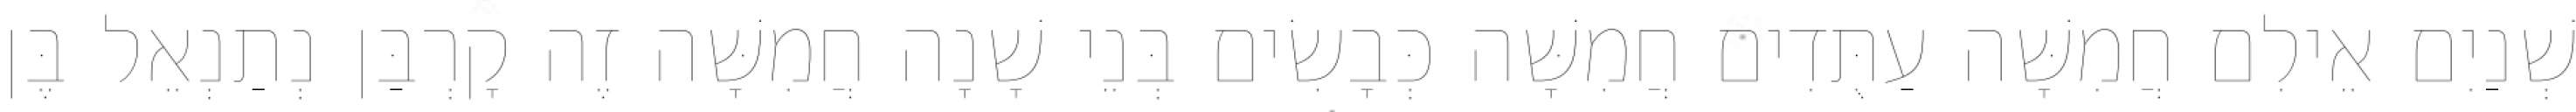
שְׁנַיִם אֵילִם חֲמִשָּׁה עַתֻּדִים חֲמִשָּׁה כְּבָשִׂים בְּנֵי שָׁנָה חֲמִשָּׁה זֶה קָרְבַּן נְתַנְאֵל בֶּן